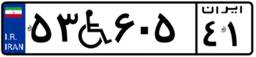
۵۳W۶۰۵۴۱